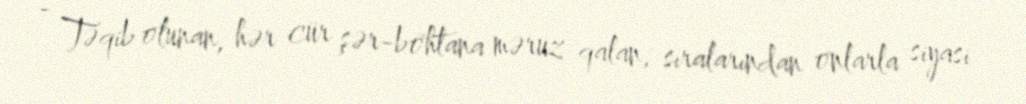
- Təqib olunan, hər cür şər-böhtana məruz qalan, sıralarından onlarla siyasi